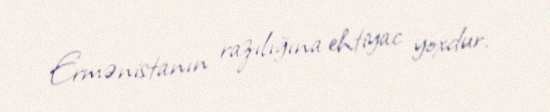
Ermənistanın razılığına ehtiyac yoxdur.